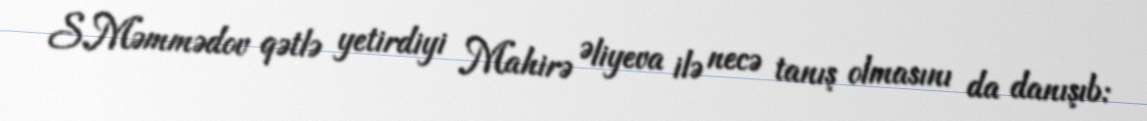
S.Məmmədov qətlə yetirdiyi Mahirə Əliyeva ilə necə tanış olmasını da danışıb: